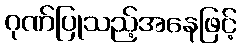
ဂုဏ်ပြုသည့်အနေဖြင့်